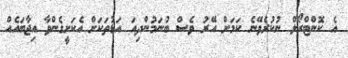
އެ ކޮންޓްރޯލް ނުކުރެވޭނެ ކަމަށް އޭރު ވެސް ބުނަމުންދިއަ އަޑުތަކަށް އެކަށީގެންވާ އިޖާބައެއް